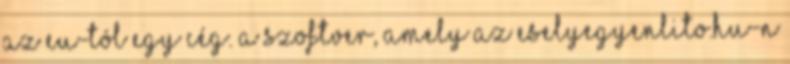
az EU-tól egy cég. A szoftver, amely az eselyegyenlito.hu-n